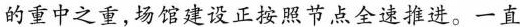
的重中之重，场馆建设正按照节点全速推进。一直